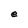
Character: e